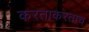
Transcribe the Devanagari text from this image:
करताकरताच